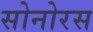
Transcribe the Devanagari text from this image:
सोनोरस